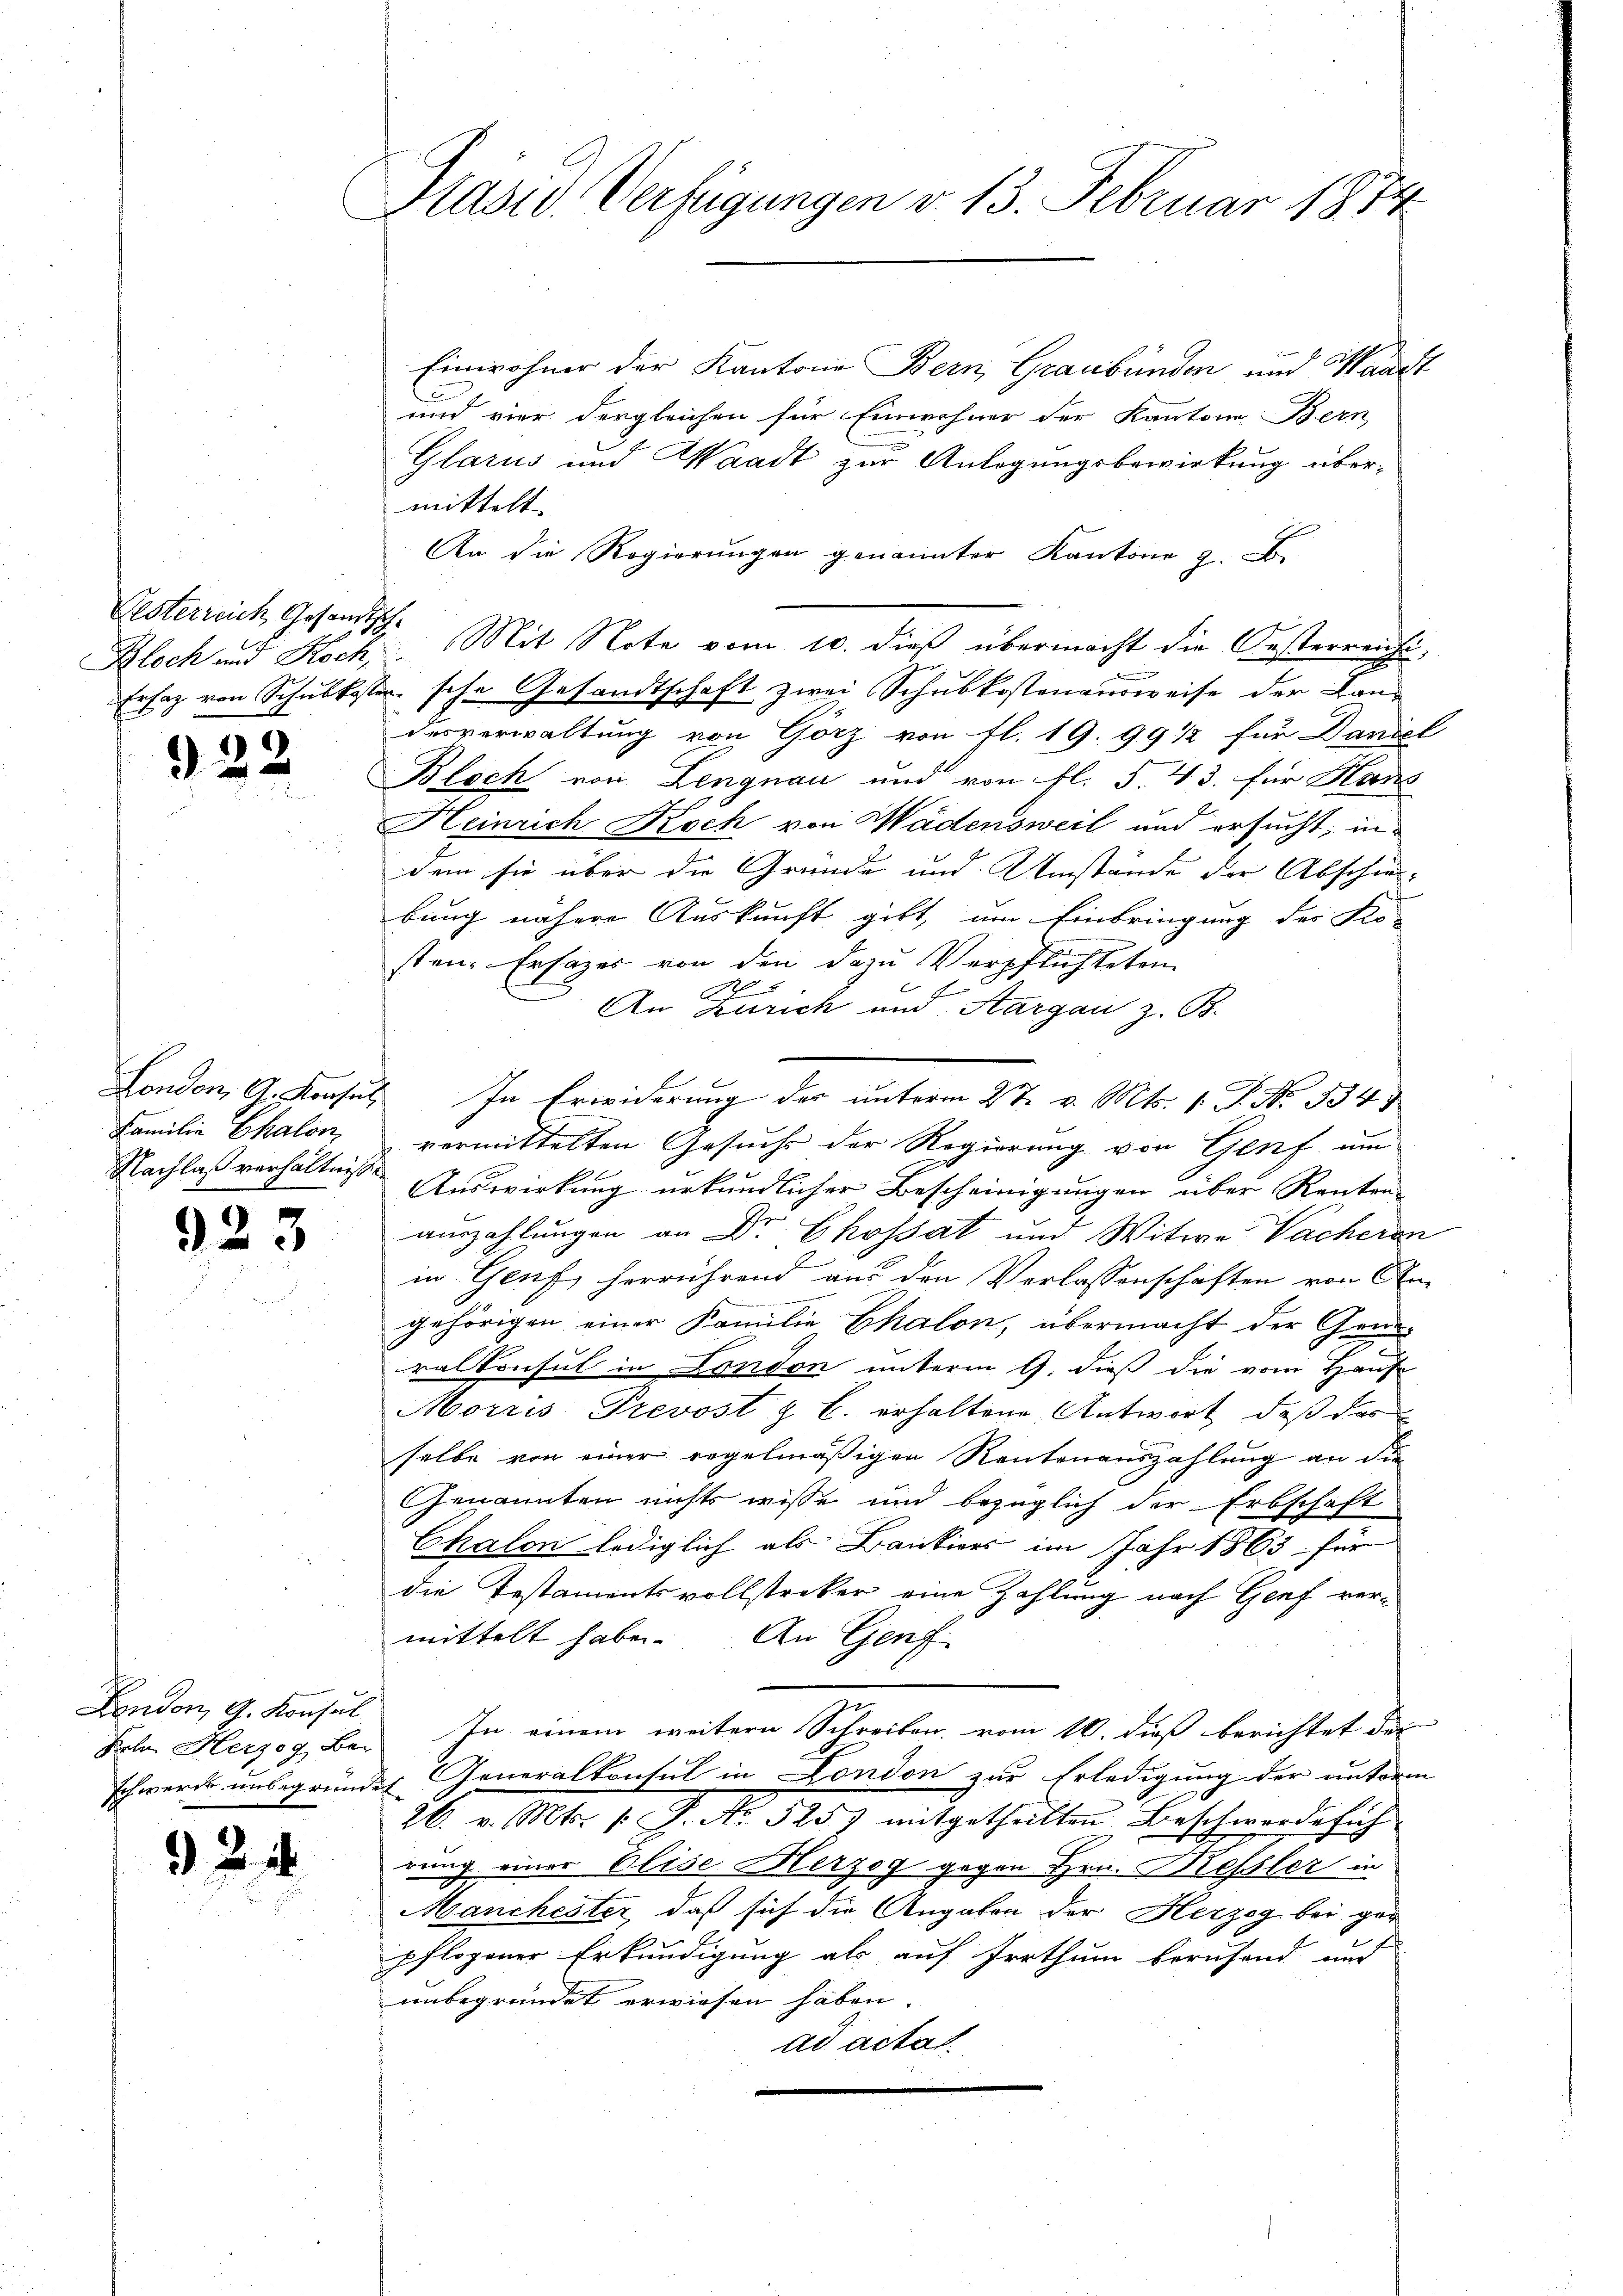
Festerreich Gesandtsch¬
Bloch und Koch,

322

923

London, A. Konsul

24

Präsid. Verfügungen v. 13. Februar 1874

Einwohner der Kantone Bern, Graubünden und Waadt
und vier dergleichen für Einwohner der Kantons Bern,
Glarus und Waadt zur Anlegungsbewirkung übermittelt |
An die Regierungen genannter Kantone z. B.
Mit Note vom 10. dieß übermacht die Oesterreichi¬
Ersatz von Schulkostensche Gesandtschaft zwei Schubkostenausweise der Land
desverwaltung von Görz von fl. 19. 99 1/2 für Daniel
Bloch von Lengnau und von fl. S. 43. für Hans
Heinrich Koch von Wädensweil und ersucht, in
dem sie über die Gründe und Umstände der Abschei-
bung nähere Auskunft gibt, um Einbringung des Klo-
sten. Ersazer von den dazu Verpflichteten
C
An Zürich und Aargau z. B.
London, A. Konsul, In Erwiderung der unterm 2te v. Mts. 1. P. Nr. 334.
Familie Chalon vermittelten Gesuchs der Regierung von Genf um
Nachlaß verhältnis Auswirkung urkundlicher Bescheinigungen über Renten
auszahlungen an Dr Ekossát und Witwe Wacheren
in Genf, herrührend aus den Verlassenschaften von An-
gehörigen einer Familie Thalon, übermacht der Grun¬
.
ralkonsul in London unterm 9. dieß die vom Haus
Morris Prevost z. B. erhaltene Antwort, daß das
selbe von einer regelmäßigen Rentenauszahlung an die
Genannten nichts wisse und bezüglich der Erbschaft
Chalon lediglich als Bankiers im Jahr 1863 für
die Testamentsvollstreker eine Zahlung nach Genf vermittelt haben. An Genf
Feln. Herzog, Bei In einem weitern Schreiben vom 10. dieß berichtet der
schwerde unbegründet Generalkonsul in London zur Erledigung der unterm
26. v. Mts. 1. P. No 525) mitgetheilten Beschwerde sich
rung einer Elise Herzog gegen Hrn. Kessler in
Manchester, daß sich die Angaben der Herzog bei gar
pflogener Erkundigung als auf Irrthum berufend und
unbegründet erwiesen haben.
ad actas